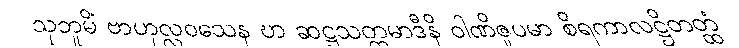
သုဘူမိံ ဗာဟုလ္လဝသေန ဎာ ဆဋ္ဌသတ္တမာဒီနိ ဝါဏိဇူပမာ စိရကာလဋ္ဌိတတ္ထံ